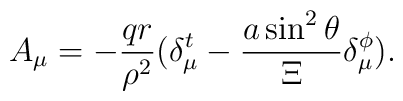
A_\mu =-\frac{qr}{\rho ^2}(\delta _\mu ^t-\frac{a\sin ^2\theta }\Xi \delta_\mu ^\phi ).